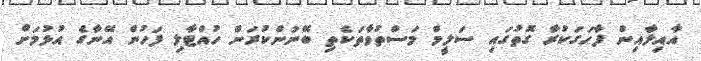
އާއިލާއިން ފާހަގަކުރާ ގޮތުގައި ސަލީމް މަސްތުވާތަކެތި ބޭނުންކުރަން ހުއްޓާލި ފަހުން އޭނާގެ އުޅުމަށް